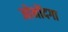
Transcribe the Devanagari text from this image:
ओनोंदगा